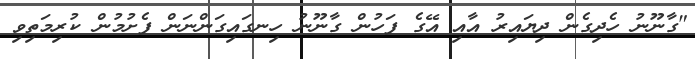
"ގާނޫނު ހެދިގެން ދިޔައިރު އާއި އޭގެ ފަހުން ގާނޫނު ހިނގައިގަންނަން ފެށުމުން ކުރިމަތިވި